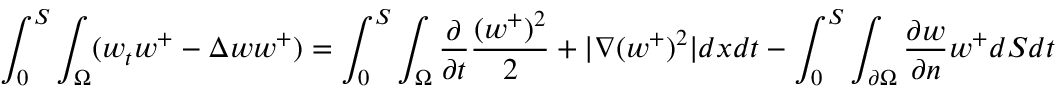
\int _ { 0 } ^ { S } \int _ { \Omega } ( w _ { t } w ^ { + } - \Delta { w } w ^ { + } ) = \int _ { 0 } ^ { S } \int _ { \Omega } \frac { \partial } { \partial { t } } \frac { ( w ^ { + } ) ^ { 2 } } { 2 } + | \nabla ( w ^ { + } ) ^ { 2 } | d x d t - \int _ { 0 } ^ { S } \int _ { \partial \Omega } \frac { \partial { w } } { \partial { n } } w ^ { + } d S d t